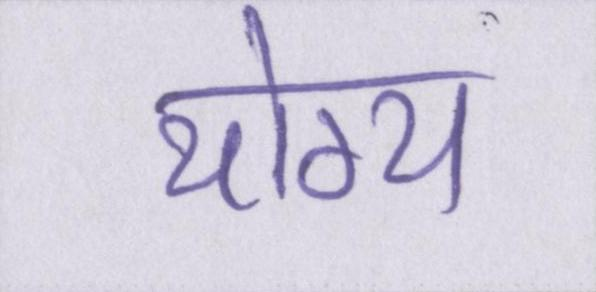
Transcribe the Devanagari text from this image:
योग्य